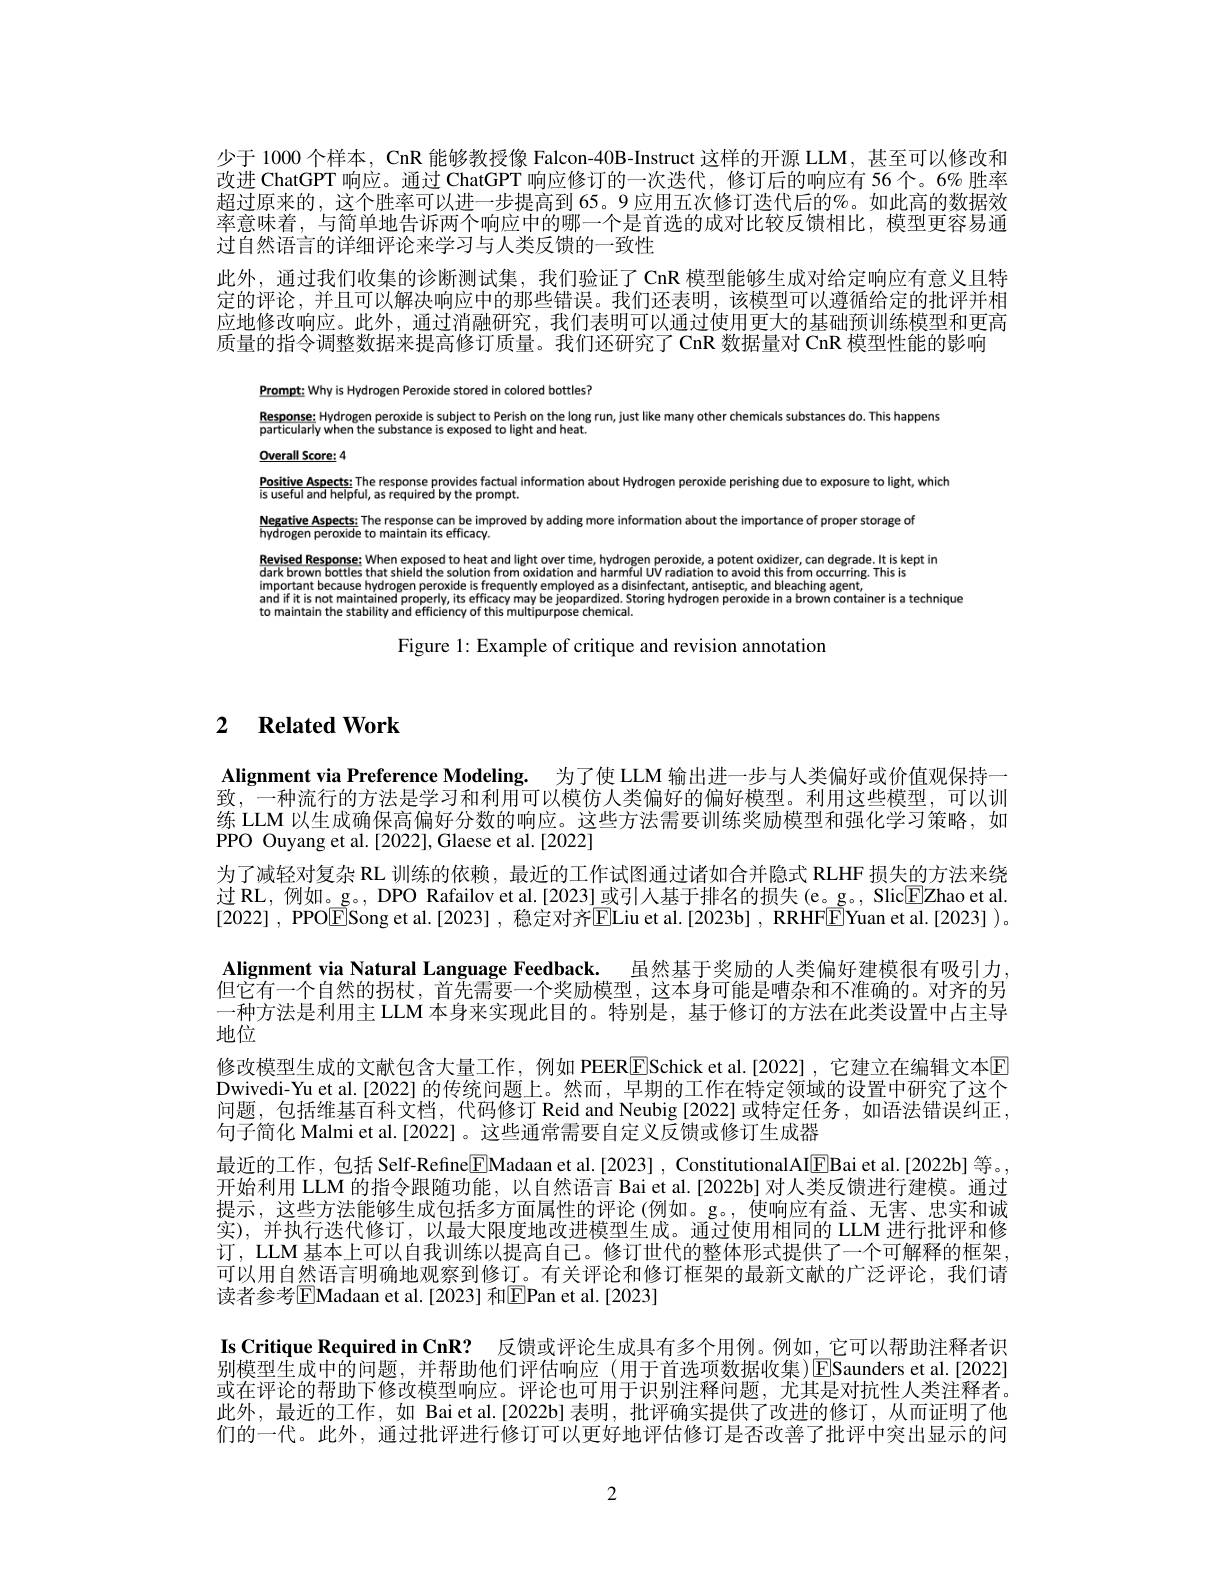
少于 1000 个样本，CnR 能够教授像 Falcon-40B-Instruct 这样的开源 LLM, 甚至可以修改和改进 ChatGPT 响应。通过 ChatGPT 响应修订的一次迭代，修订后的响应有 56个。6% 胜率超过原来的，这个胜率可以进一步提高到 65。9应用五次修订迭代后的%。如此高的数据效率意味着，与简单地告诉两个响应中的哪一个是首选的成对比较反馈相比，模型更容易通过自然语言的详细评论来学习与人类反馈的一致性
此外，通过我们收集的诊断测试集，我们验证了 CnR 模型能够生成对给定响应有意义且特定的评论，并且可以解决响应中的那些错误。我们还表明，该模型可以遵循给定的批评并相应地修改响应。此外，通过消融研究，我们表明可以通过使用更大的基础预训练模型和更高质量的指令调整数据来提高修订质量。我们还研究了 CnR 数据量对 CnR 模型性能的影响

Prompt: Why is Hydrogen Peroxide stored in colored bottles?

$\frac{\text{Response: Hydrogen peroxide is subject to Perish on the long run, just like many other chemicals substances do. This happens}}{\text{particulariy when the substance is exposed to light and heat.}}$
$\underline{\mathrm{Overall~Score:~4}}$

$\frac{\text{Positive Aspects:The response provides factual information about Hydrogen peroxide perishing due to exposure to light, which is usefui and helpful, as required by the prompt.}}$
Negative Aspects: The response can be improved by adding more information about the importance of proper storage of
hydrogen peroxide tomaintan its efflcav. Revised Respanse. When exposet ond light over time, hydrogen peroxide, a potent oxidize, can degrade. Itis kept in darkbrown bottes that shelt dt thes olution from odiation and hralition and hralition and hra

Figure 1: Example of critique and revision annotation

## 2 $\textbf{Related Work}$

Alignment via Preference Modeling. 为了使 LLM 输出进一步与人类偏好或价值观保持一致，一种流行的方法是学习和利用可以模仿人类偏好的偏好模型。利用这些模型，可以训练 LLM 以生成确保高偏好分数的响应。这些方法需要训练奖励模型和强化学习策略，如PPO Ouyang et al. [2022], Glaese et al. [2022]
为了减轻对复杂 RL 训练的依赖，最近的工作试图通过诸如合并隐式 RLHF 损失的方法来绕过 RL, 例如。g。, DPO Rafailov et al.[2023]或引人基于排名的损失(e。g。, Slic$\underline{\mathrm{E}}$Zhao et al [2022] , PPO$\tilde{\text{E}}$Song et al.[2023] , 稳定对齐$\overline{\mathrm{E}}$Liu et al.[2023b] , RRHF$\tilde{\mathrm{E}}$Yuan et al.[2023] )。Alignment via Natural Language Feedback. 虽然基于奖励的人类偏好建模很有吸引力但它有一个自然的拐杖，首先需要一个奖励模型，这本身可能是嘈杂和不准确的。对齐的另一种方法是利用主 LLM 本身来实现此目的。特别是，基于修订的方法在此类设置中占主导地位
修改模型生成的文献包含大量工作，例如 PEERESchick et al.[2022] ,它建立在编辑文本$\overline{\mathrm{F}}$ Dwivedi-Yu et al.[2022] 的传统问题上。然而，早期的工作在特定领域的设置中研究了这个问题，包括维基百科文档，代码修订 Reid and Neubig [2022] 或特定任务，如语法错误纠正， 句子简化 Malmi et al.[2022]。这些通常需要自定义反馈或修订生成器
最近的工作，包括 Self-Refine$\boxed{\mathrm{F}}$Madaan et al.[2023] , ConstitutionalAI[EBai et al.[2022b] 等。开始利用 LLM 的指令跟随功能，以自然语言 Bai et al.[2022b] 对人类反馈进行建模。通过提示，这些方法能够生成包括多方面属性的评论(例如。g。,使响应有益、无害、忠实和诚实),并执行迭代修订，以最大限度地改进模型生成。通过使用相同的 LLM 进行批评和修订，LLM 基本上可以自我训练以提高自己。修订世代的整体形式提供了一个可解释的框架可以用自然语言明确地观察到修订。有关评论和修订框架的最新文献的广泛评论，我们请读者参考$\boxed{\mathrm{E}}$Madaan et al.[2023] 和$\boxed{\mathrm{F}}$Pan et al.[2023]
Is Critique Required in CnR? 反馈或评论生成具有多个用例。例如，它可以帮助注释者识别模型生成中的问题，并帮助他们评估响应(用于首选项数据收集)ESaunders et al.[2022] 或在评论的帮助下修改模型响应。评论也可用于识别注释问题，尤其是对抗性人类注释者此外，最近的工作，如 Bai et al.[2022b] 表明，批评确实提供了改进的修订，从而证明了他们的一代。此外，通过批评进行修订可以更好地评估修订是否改善了批评中突出显示的问

2